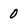
Character: 0